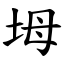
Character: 坶